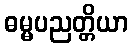
ဓမ္မပညတ္တိယာ